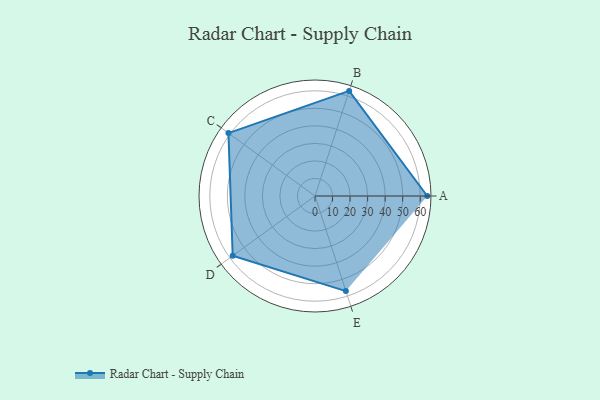
{"axis": {"x": "Skill", "y": "Score"}, "legend": ["Profile"], "data": [{"x": "A", "y": 64.0, "type": "Profile"}, {"x": "B", "y": 63.0, "type": "Profile"}, {"x": "C", "y": 61.0, "type": "Profile"}, {"x": "D", "y": 58.0, "type": "Profile"}, {"x": "E", "y": 57.0, "type": "Profile"}]}